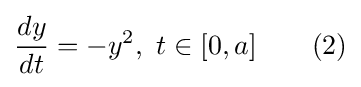
{\frac {dy}{dt}}=-y^{2},\ t\in [0,a]\quad \quad (2)